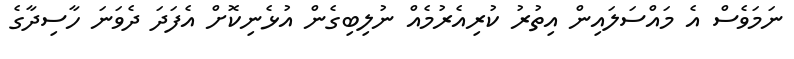
ނަމަވެސް އެ މައްސަލައިން އިތުރު ކުރިއެރުމެއް ނުލިބިގެން އުޅެނިކޮށް އެފަދަ ދެވަނަ ހާސިދާގެ